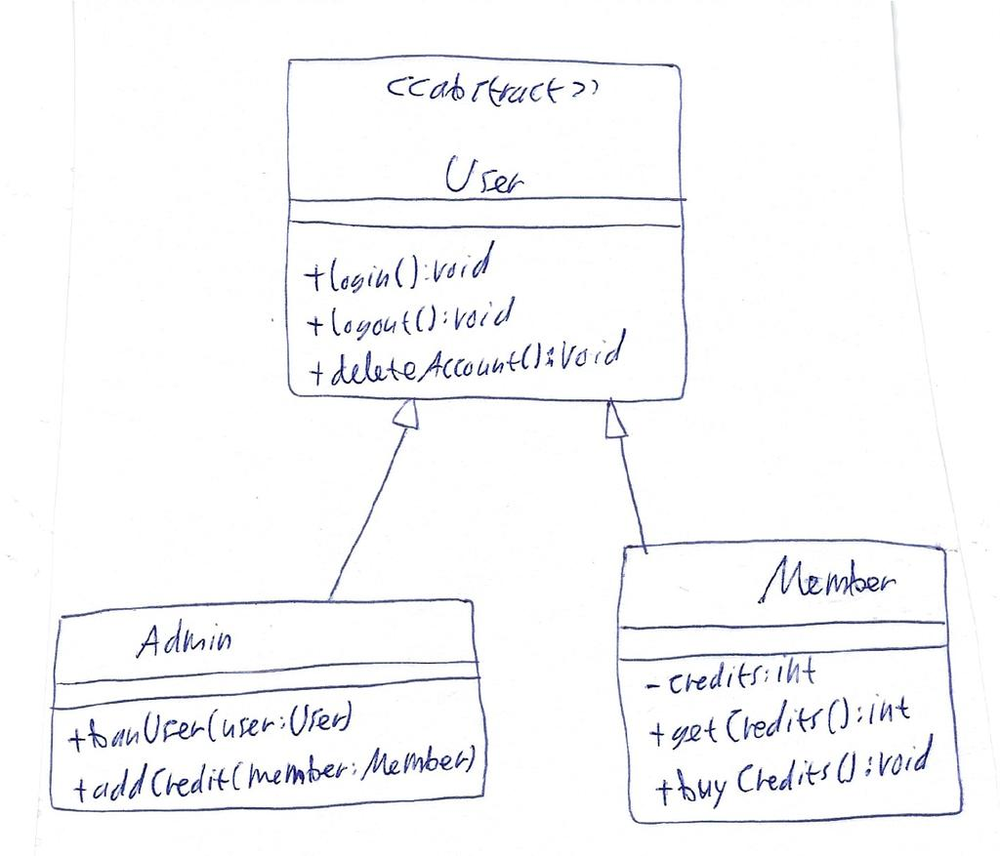
Diagram type: class_diagram
```plantuml
@startuml

abstract User {
  + login(): void
  + logout(): void
  + deleteAccount(): void
}

class Admin extends User {
  + banUser(user: User)
  + addCredits(member: Member)
}

class Member extends User {
  - credits: int
  + getCredits(): int
  + buyCredits(): void
}

@enduml
```